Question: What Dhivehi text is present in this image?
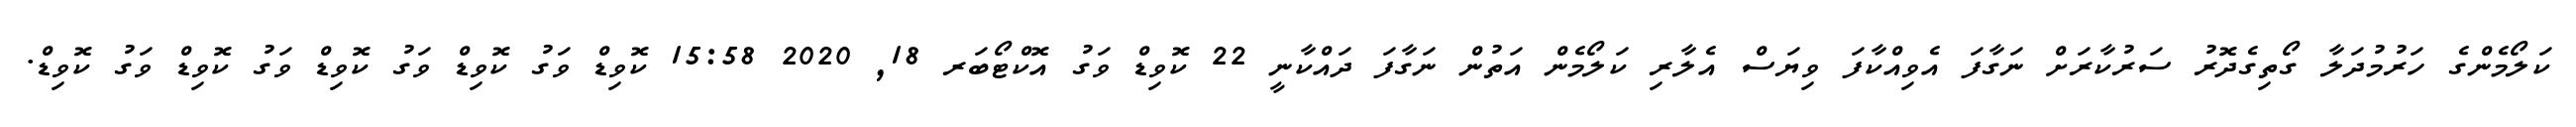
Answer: ކަލޯމެންގެ ހަރުމުދަލާ ގޯތިގެދޮރު ސަރުކާރަށް ނަގާފަ އެވިއްކާފަ ވިޔަސް އެލާރި ކަލޯމެން އަތުން ނަގާފަ ދައްކާނީ 22 ކޮވިޑް ވަގު އޮކްޓޯބަރ 18, 2020 15:58 ކޮވިޑް ވަގު ކޮވިޑް ވަގު ކޮވިޑް ވަގު ކޮވިޑް ވަގު ކޮވިޑް.